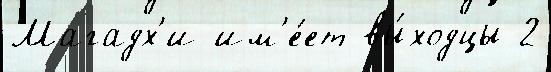
Магадх'и им'е́ет вы́ходцы 2